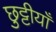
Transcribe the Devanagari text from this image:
छुट्टीयाँ